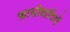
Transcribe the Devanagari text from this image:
फ़ासीवादियों